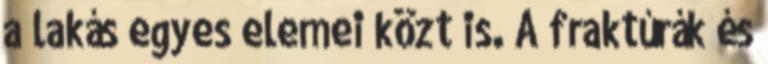
a lakás egyes elemei közt is. A fraktúrák és